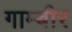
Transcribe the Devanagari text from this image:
गाम्बीर